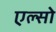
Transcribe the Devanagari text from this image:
एल्सो